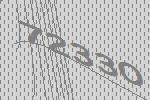
72330